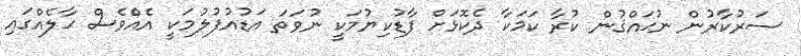
ސަރުކާރުން ނުޙައްޤުން ކުރާ ކަމަކާ ދެކޮޅަށް ފާޑުކިޔުމަކީ ނުވަތަ އަޑުއުފުލުމަކީ އެއްެވެސް ޙާލެއްގައި